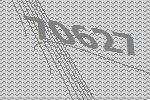
70627